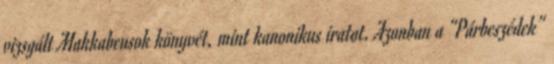
vizsgált Makkabeusok könyvét, mint kanonikus iratot. Azonban a “Párbeszédek”